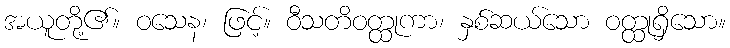
အယူတို့၏။ ဝသေန၊ ဖြင့်။ ဝီသတိဝတ္ထုကာ၊ နှစ်ဆယ်သော ဝတ္ထုရှိသော။